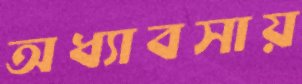
অধ্যাবসায়